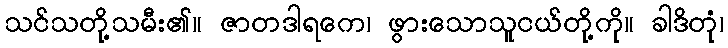
သင်သတို့သမီး၏။ ဇာတဒါရကေ၊ ဖွားသောသူငယ်တို့ကို။ ခါဒိတုံ၊